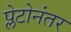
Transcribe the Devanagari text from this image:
प्लेटोनंतर